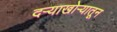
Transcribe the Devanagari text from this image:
दऱ्याखोऱ्यातून